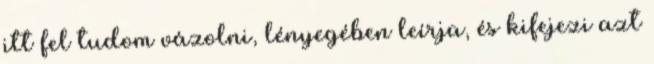
itt fel tudom vázolni, lényegében leírja, és kifejezi azt